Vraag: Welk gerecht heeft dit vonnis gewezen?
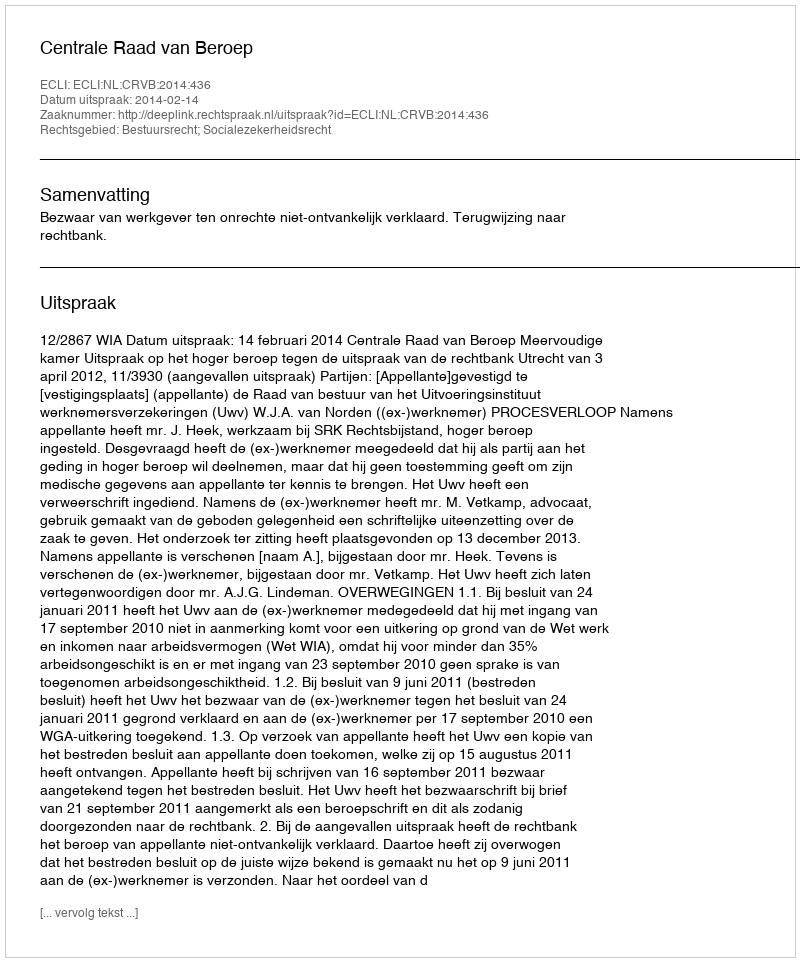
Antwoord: Centrale Raad van Beroep